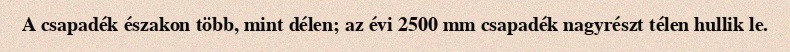
A csapadék északon több, mint délen; az évi 2500 mm csapadék nagyrészt télen hullik le.